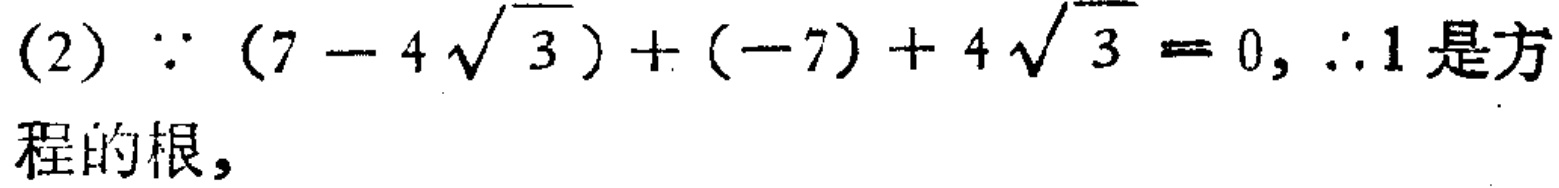
(2) $\because (7 - 4\sqrt{3})+(-7)+4\sqrt{3}=0$, $\therefore 1$ 是方程的根，